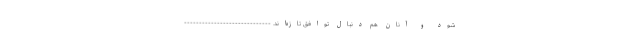
شود و آنان هم دنبال توافق تازه‌اند. -----------------------------